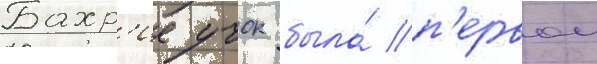
Бахр'ие учок была́ п'ервои